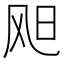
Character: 𫗇